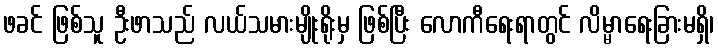
ဖခင် ဖြစ်သူ ဦးဖာသည် လယ်သမားမျိုးရိုးမှ ဖြစ်ပြီး လောကီရေးရာတွင် လိမ္မာရေးခြားမရှိ၊